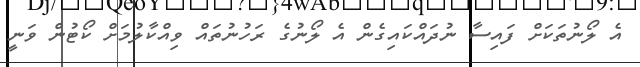
އެ ލޯނުތަކަށް ފައިސާ ނުދައްކައިގެން އެ ލޯނުގެ ރަހުނުތައް ވިއްކާލުމަށް ކޯޓުން ވަނީ